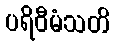
ပရိဝီမံသတိ